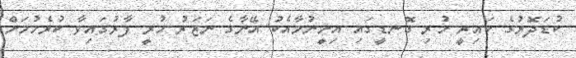
ކުޑަދޮރުގެ ކައިރީ ހުރި ގޮނޑީގައި އިށީނުމާއެކު އޭނާގެ ނަޒަރު ހުރީ ފާރުގައިވާ ކުރެހުމަށް